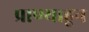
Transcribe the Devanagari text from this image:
प्राण्याहून